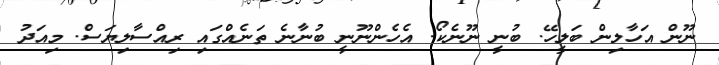
ނޫން އަހާލިން ބަލީހޭ. ބުނީ ނޫނެކޯ. އެހެންނޫނީ ބުނާނެ ތަނެއްގައި ރިއްސާލިޔަސް. މިއަދު